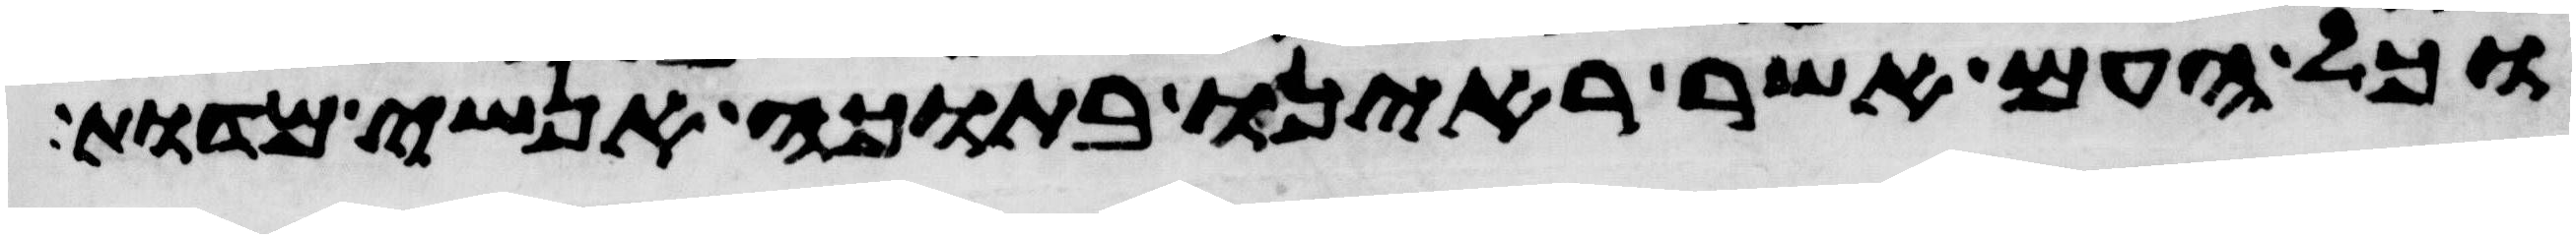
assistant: וכל העם אשר ראינו בתוכה אנשי מדות